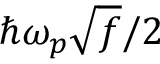
\hbar \omega _ { p } \sqrt { f } / 2